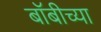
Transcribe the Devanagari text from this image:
बॉबीच्या